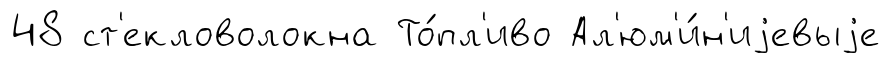
48 ст'екловолокна То́пл'иво Ал'юм'и́н'иjевыjе